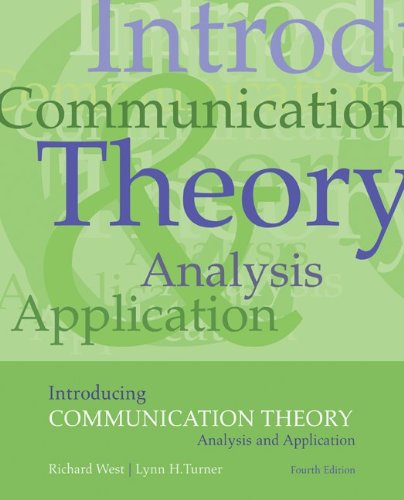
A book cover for Introducing  Communication Theory: Analysis and Application; Richard West; Computers & Technology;